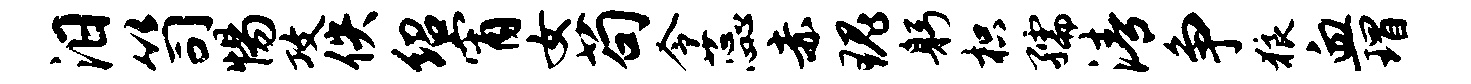
汨笥惕攻佚绍宵女苟令蕊赤瑰躬枳孺清争狼血瑁